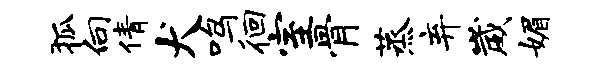
狐向倩犬鸣徊室骨蒸弃崴媚